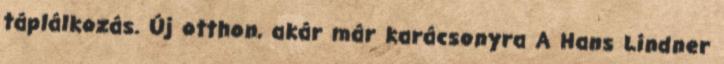
táplálkozás. Új otthon, akár már karácsonyra A Hans Lindner